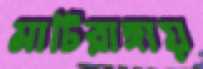
মাটিরাঙ্গায়